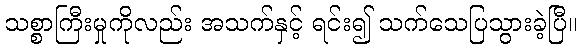
သစ္စာကြီးမှုကိုလည်း အသက်နှင့် ရင်း၍ သက်သေပြသွားခဲ့ပြီ။